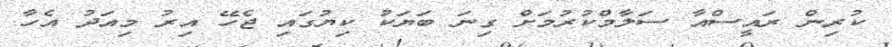
ކުރިން ރައީސްއާ ސަލާމްކުރުމަށް ގިނަ ބަޔަކު ކިޔުގައި ޖެހޭ އިރު މިއަދު އެހާ